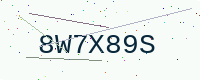
Text: 8W7X89S